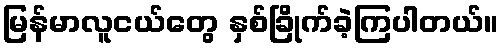
မြန်မာလူငယ်တွေ နှစ်ခြိုက်ခဲ့ကြပါတယ်။